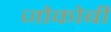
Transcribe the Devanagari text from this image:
जोकोबी